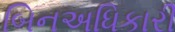
બિનઅધિકારી